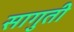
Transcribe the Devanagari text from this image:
सागुती